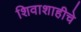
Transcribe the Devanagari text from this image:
शिवाशाहीचे